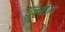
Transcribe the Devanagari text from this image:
एल्थम